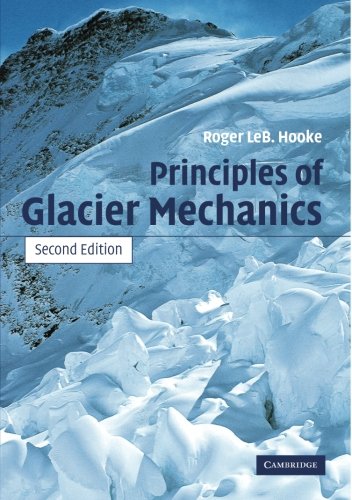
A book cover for Principles of Glacier Mechanics; Roger LeB. Hooke; Science & Math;